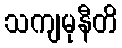
သကျမုနီတိ